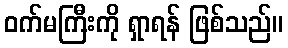
ဝက်မကြီးကို ရှာရန် ဖြစ်သည်။